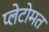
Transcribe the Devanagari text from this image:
प्लेटोमत